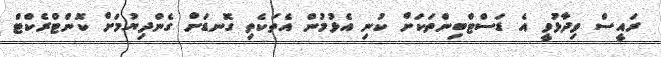
ރައީސް ވިދާޅުވީ އެ ޑަސްޓްބިންތަކަށް ކުނި އެޅުމުން އެތަކެތި ގޮނޑަށް ގެންދިޔުމަށް ކޮންޓްރެކްޓް